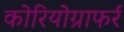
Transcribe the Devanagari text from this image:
कोरियोग्राफर्र